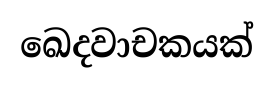
ඛෙදවාචකයක්